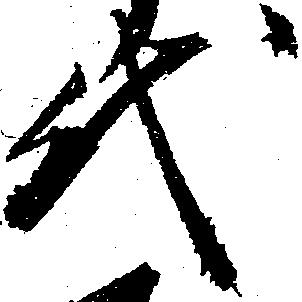
代